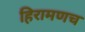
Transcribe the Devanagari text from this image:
हिरामणच